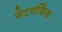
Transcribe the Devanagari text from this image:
नेटवर्किंक